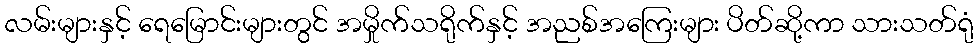
လမ်းများနှင့် ရေမြောင်းများတွင် အမှိုက်သရိုက်နှင့် အညစ်အကြေးများ ပိတ်ဆို့ကာ သားသတ်ရုံ